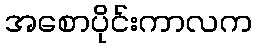
အစောပိုင်းကာလက